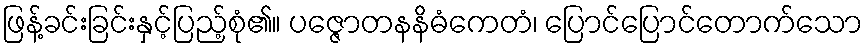
ဖြန့်ခင်းခြင်းနှင့်ပြည့်စုံ၏။ ပဇ္ဇောတနနိဓံကေတံ၊ ပြောင်ပြောင်တောက်သော